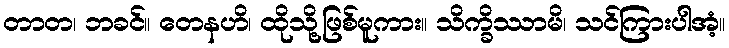
တာတ၊ ဘခင်။ တေနဟိ၊ ထိုသို့ဖြစ်မူကား။ သိက္ခိဿာမိ၊ သင်ကြားပါအံ့။